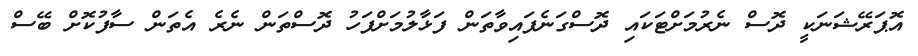
އޮޕަރޭޝަނަކީ ދޮސް ނެރުމަށްޓަކައި ދޮސްގަނެފައިވާތަން ފަޅާލުމަށްފަހު ދޮސްތަން ނެރެ އެތަން ސާފުކޮށް ބޭސް